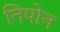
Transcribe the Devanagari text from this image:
निपोन